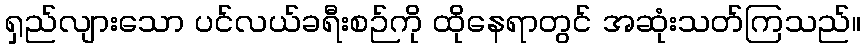
ရှည်လျားသော ပင်လယ်ခရီးစဉ်ကို ထိုနေရာတွင် အဆုံးသတ်ကြသည်။